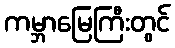
ကမ္ဘာမြေကြီးတွင်